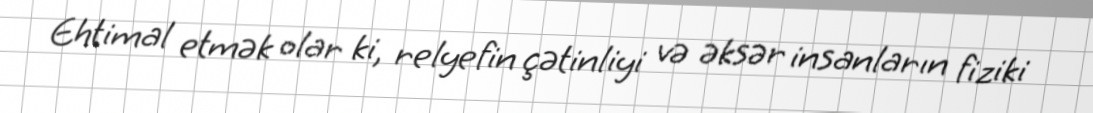
Ehtimal etmək olar ki, relyefin çətinliyi və əksər insanların fiziki